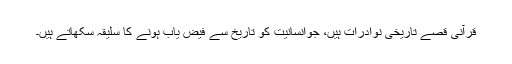
قرآنی قصے تاریخی نوادرات ہیں، جوانسانیت کو تاریخ سے فیض یاب ہونے کا سلیقہ سکھاتے ہیں۔